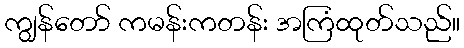
ကျွန်တော် ကမန်းကတန်း အကြံထုတ်သည်။